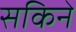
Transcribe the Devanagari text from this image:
सकिने